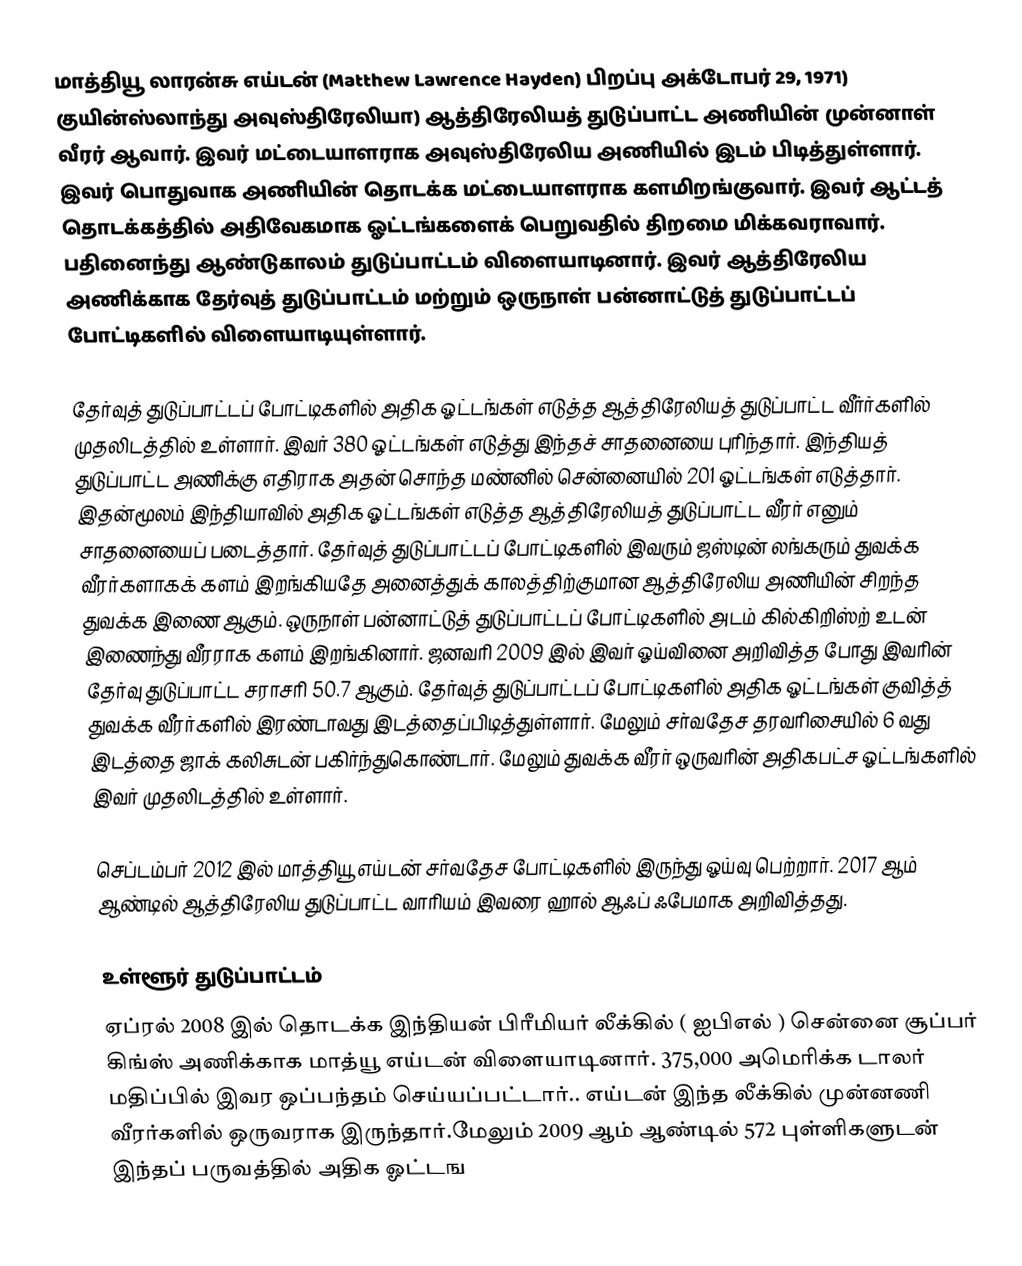
மாத்தியூ லாரன்சு எய்டன் (Matthew Lawrence Hayden)  பிறப்பு அக்டோபர் 29, 1971) குயின்ஸ்லாந்து அவுஸ்திரேலியா) ஆத்திரேலியத் துடுப்பாட்ட அணியின் முன்னாள் வீரர் ஆவார். இவர் மட்டையாளராக அவுஸ்திரேலிய அணியில் இடம் பிடித்துள்ளார். இவர் பொதுவாக அணியின் தொடக்க மட்டையாளராக களமிறங்குவார். இவர் ஆட்டத் தொடக்கத்தில் அதிவேகமாக ஓட்டங்களைக் பெறுவதில் திறமை மிக்கவராவார். பதினைந்து ஆண்டுகாலம் துடுப்பாட்டம் விளையாடினார். இவர் ஆத்திரேலிய அணிக்காக தேர்வுத் துடுப்பாட்டம் மற்றும் ஒருநாள் பன்னாட்டுத் துடுப்பாட்டப் போட்டிகளில் விளையாடியுள்ளார்.

தேர்வுத் துடுப்பாட்டப் போட்டிகளில் அதிக ஓட்டங்கள் எடுத்த ஆத்திரேலியத் துடுப்பாட்ட வீர்ர்களில் முதலிடத்தில் உள்ளார். இவர் 380 ஓட்டங்கள் எடுத்து இந்தச் சாதனையை புரிந்தார். இந்தியத் துடுப்பாட்ட அணிக்கு எதிராக அதன் சொந்த மண்னில் சென்னையில் 201 ஓட்டங்கள் எடுத்தார். இதன்மூலம்  இந்தியாவில் அதிக ஓட்டங்கள் எடுத்த ஆத்திரேலியத் துடுப்பாட்ட வீரர் எனும் சாதனையைப் படைத்தார். தேர்வுத் துடுப்பாட்டப் போட்டிகளில் இவரும் ஜஸ்டின் லங்கரும் துவக்க வீரர்களாகக் களம் இறங்கியதே அனைத்துக் காலத்திற்குமான ஆத்திரேலிய அணியின் சிறந்த துவக்க இணை ஆகும். ஒருநாள் பன்னாட்டுத் துடுப்பாட்டப் போட்டிகளில் அடம் கில்கிறிஸ்ற் உடன் இணைந்து வீரராக களம் இறங்கினார். ஜனவரி 2009 இல் இவர் ஓய்வினை அறிவித்த போது இவரின் தேர்வு துடுப்பாட்ட சராசரி 50.7 ஆகும்.  தேர்வுத் துடுப்பாட்டப் போட்டிகளில் அதிக ஓட்டங்கள் குவித்த் துவக்க வீரர்களில் இரண்டாவது இடத்தைப்பிடித்துள்ளார். மேலும் சர்வதேச தரவரிசையில் 6 வது இடத்தை ஜாக் கலிசுடன் பகிர்ந்துகொண்டார். மேலும் துவக்க வீரர் ஒருவரின் அதிகபட்ச ஓட்டங்களில் இவர் முதலிடத்தில் உள்ளார்.

செப்டம்பர் 2012 இல் மாத்தியூ எய்டன் சர்வதேச போட்டிகளில் இருந்து ஓய்வு பெற்றார். 2017 ஆம் ஆண்டில் ஆத்திரேலிய துடுப்பாட்ட வாரியம் இவரை ஹால் ஆஃப் ஃபேமாக அறிவித்தது.

உள்ளூர் துடுப்பாட்டம்
ஏப்ரல் 2008 இல் தொடக்க இந்தியன் பிரீமியர் லீக்கில் ( ஐபிஎல் ) சென்னை சூப்பர் கிங்ஸ் அணிக்காக மாத்யூ எய்டன் விளையாடினார். 375,000 அமெரிக்க டாலர்  மதிப்பில் இவர ஒப்பந்தம் செய்யப்பட்டார்.. எய்டன் இந்த லீக்கில் முன்னணி வீரர்களில் ஒருவராக இருந்தார்.மேலும் 2009 ஆம் ஆண்டில் 572 புள்ளிகளுடன் இந்தப் பருவத்தில் அதிக ஓட்டங